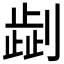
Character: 𠟞